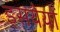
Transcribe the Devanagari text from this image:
इसयेयों